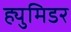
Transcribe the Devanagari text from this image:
ह्युमिडर